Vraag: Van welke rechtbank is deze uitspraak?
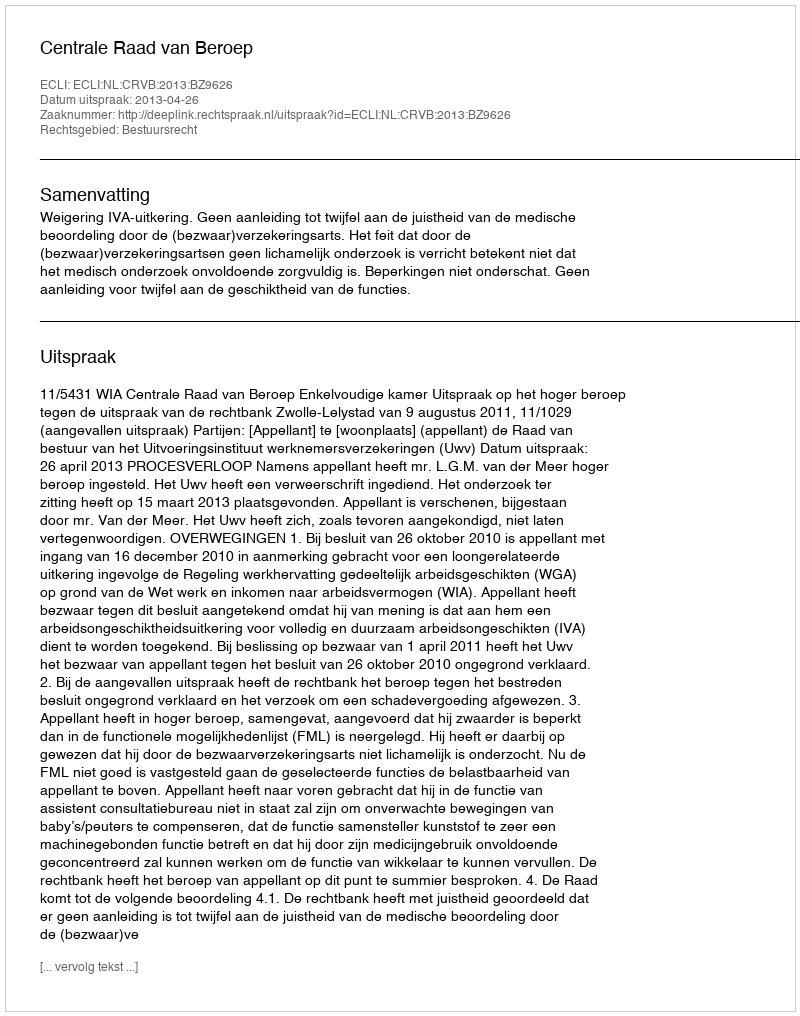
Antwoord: Centrale Raad van Beroep